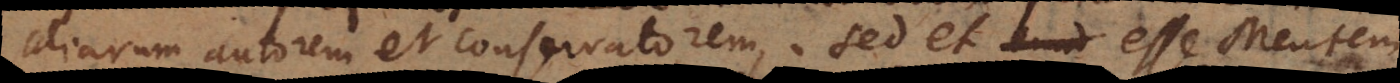
aliarum autorem et conservatorem, sed et esse Mentem